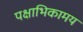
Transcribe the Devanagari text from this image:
पक्षाभिकामय